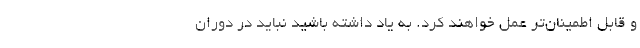
و قابل اطمینان‌تر عمل خواهند کرد. به یاد داشته باشید نباید در دوران